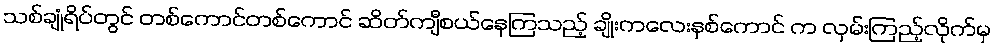
သစ်ချုံရိပ်တွင် တစ်ကောင်တစ်ကောင် ဆိတ်ကျီစယ်နေကြသည့် ချိုးကလေးနှစ်ကောင် က လှမ်းကြည့်လိုက်မှ